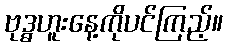
ဗုဒ္ဓဟူးနေ့ကိုပင်ကြည့်။